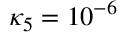
\kappa _ { 5 } = 1 0 ^ { - 6 }